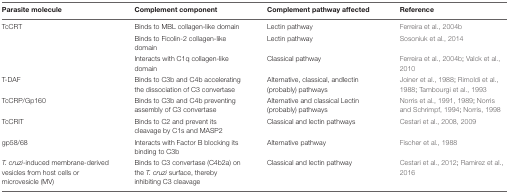
| Parasite molecule | Complement component | Complement pathway affected | Reference |
 | --- | --- | --- | --- |
 | TcCRT | Binds to MBL collagen-like domain | Lectin pathway | Ferreira et al., 2004b |
 |  | Binds to Ficolin-2 collagen-like domain | Lectin pathway | Sosoniuk et al., 2014 |
 |  | Interacts with C1q collagen-like domain | Classical pathway | Ferreira et al., 2004b; Valck et al., 2010 |
 | T-DAF | Binds to C3b and C4b accelerating the dissociation of C3 convertase | Alternative, classical, andlectin (probably) pathways | Joiner et al., 1988; Rimoldi et al., 1988; Tambourgi et al., 1993 |
 | TcCRP/Gp160 | Binds to C3b and C4b preventing assembly of C3 convertase | Alternative and classical Lectin (probably) pathways | Norris et al., 1991, 1989; Norris and Schrimpf, 1994; Norris, 1998 |
 | TcCRIT | Binds to C2 and prevent its cleavage by C1s and MASP2 | Classical and lectin pathways | Cestari et al., 2008, 2009 |
 | gp58/68 | Interacts with Factor B blocking its binding to C3b | Alternative pathway | Fischer et al., 1988 |
 | T. cruzi-induced membrane-derived vesicles from host cells or microvesicle (MV) | Binds to C3 convertase (C4b2a) on the T. cruzi surface, thereby inhibiting C3 cleavage | Classical and lectin pathway | Cestari et al., 2012; Ramirez et al., 2016 |